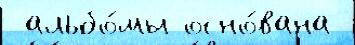
 альбо́мы осно́вана